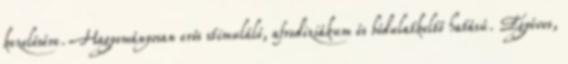
kezelésére. Hagyományosan erős stimuláló, afrodiziákum és bódulatkeltő hatású. Egyéves,